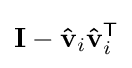
\mathbf {I} -\mathbf {\hat {v}} _{i}\mathbf {\hat {v}} _{i}^{\mathsf {T}}